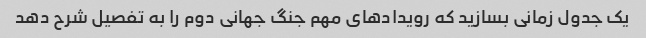
یک جدول زمانی بسازید که رویدادهای مهم جنگ جهانی دوم را به تفصیل شرح دهد